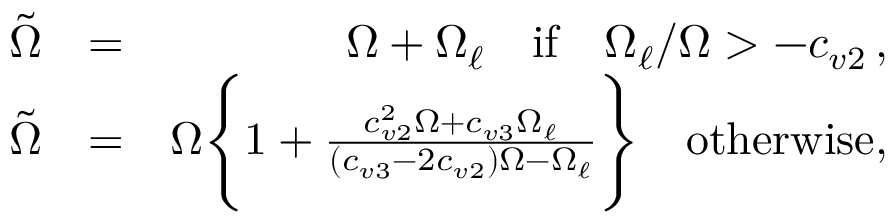
\begin{array} { r l r } { \tilde { \Omega } } & { = } & { \Omega + \Omega _ { \ell } \quad \mathrm { i f } \quad \Omega _ { \ell } / \Omega > - c _ { v 2 } \, , } \\ { \tilde { \Omega } } & { = } & { \Omega \Bigg \{ 1 + \frac { c _ { v 2 } ^ { 2 } \Omega + c _ { v 3 } \Omega _ { \ell } } { ( c _ { v 3 } - 2 c _ { v 2 } ) \Omega - \Omega _ { \ell } } \Bigg \} \quad \mathrm { o t h e r w i s e , } } \end{array}